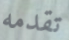
تقدمه